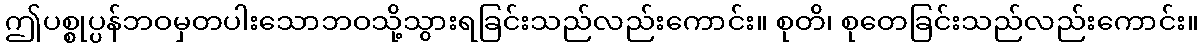
ဤပစ္စုပ္ပန်ဘဝမှတပါးသောဘဝသို့သွားရခြင်းသည်လည်းကောင်း။ စုတိ၊ စုတေခြင်းသည်လည်းကောင်း။